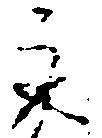
取